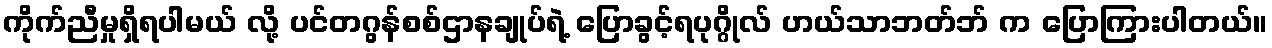
ကိုက်ညီမှုရှိရပါမယ် လို့ ပင်တဂွန်စစ်ဌာနချုပ်ရဲ့ ပြောခွင့်ရပုဂ္ဂိုလ် ဟယ်သာဘတ်ဘ် က ပြောကြားပါတယ်။